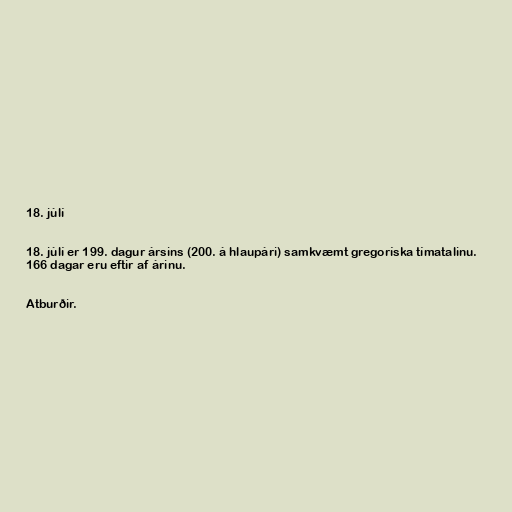
18. júlí

18. júlí er 199. dagur ársins (200. á hlaupári) samkvæmt gregoríska tímatalinu.
166 dagar eru eftir af árinu.

Atburðir.